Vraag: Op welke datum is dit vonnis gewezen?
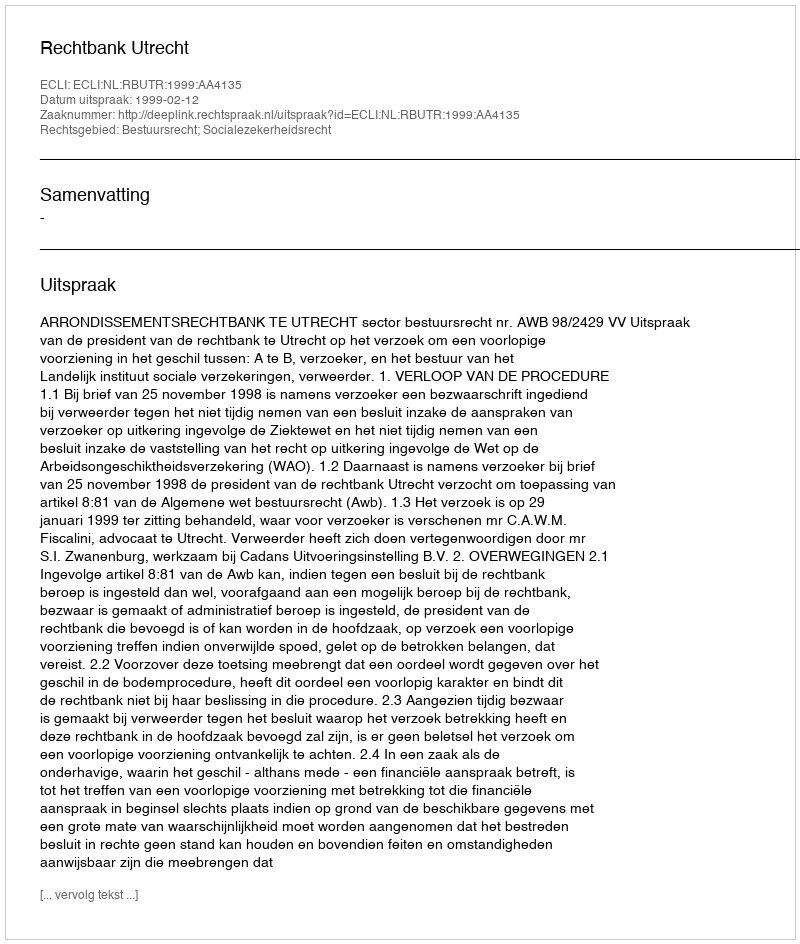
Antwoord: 1999-02-12